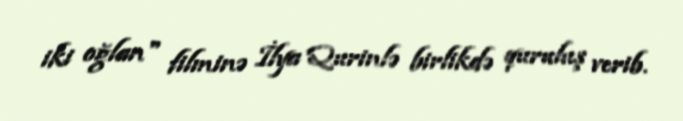
iki oğlan" filminə İlya Qurinlə birlikdə quruluş verib.